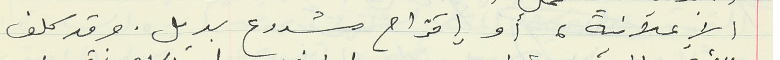
الإعلانية، أو إقتراح مشروع بديل. وقد كلف